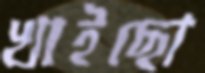
খাইছো